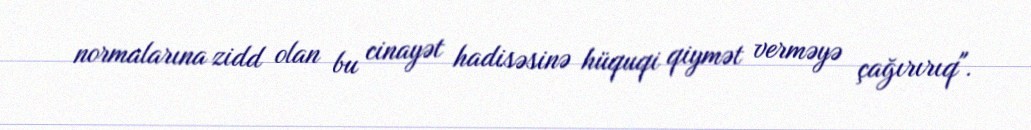
normalarına zidd olan bu cinayət hadisəsinə hüquqi qiymət verməyə çağırırıq".